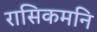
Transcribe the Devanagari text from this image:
रासिकमनि